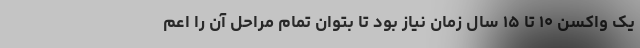
یک واکسن ۱۰ تا ۱۵ سال زمان نیاز بود تا بتوان تمام مراحل آن را اعم